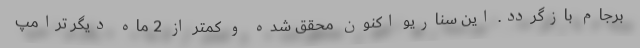
برجام بازگردد. این سناریو اکنون محقق شده و کمتر از 2 ماه دیگر ترامپ